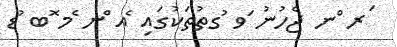
ަރ ްނ ޖެހުނު ަވ ުގތުތަކުގައި ެއ ްނ ެމ ޮބ ުޑ